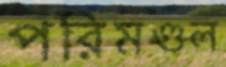
পরিমণ্ডল